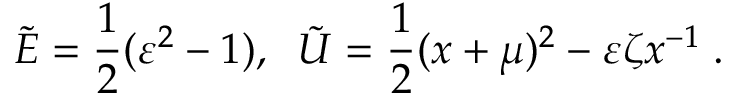
\tilde { E } = \frac { 1 } { 2 } ( \varepsilon ^ { 2 } - 1 ) , \; \; \tilde { U } = \frac { 1 } { 2 } ( x + \mu ) ^ { 2 } - \varepsilon \zeta x ^ { - 1 } \; .